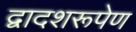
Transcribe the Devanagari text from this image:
द्वादशरूपेण